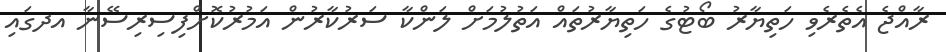
ރާއްޖެ އެތެރެވި ހަތިޔާރު ބޯޓުގެ ހަތިޔާރުތައް އަތުލުމަށް ލަންކާ ސަރުކާރުން އަމުރުކޮށްފިސިރިސޭނާ އދގައި